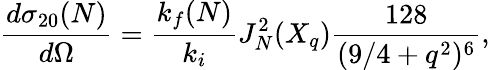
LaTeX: \frac{d{\sigma}_{20}(N)}{d\Omega}=\frac{k_{f}(N)}{k_{i}}J_{N}^{2}(X_{q})\frac{128}{(9/4+q^{2})^{6}},